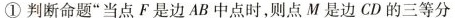
①判断命题“当点F事边AB中点时，则点M是边CD的三等分”